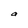
Character: a